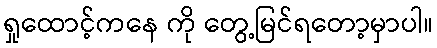
ရှုထောင့်ကနေ ကို တွေ့မြင်ရတော့မှာပါ။